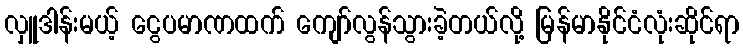
လှူဒါန်းမယ့် ငွေပမာဏထက် ကျော်လွန်သွားခဲ့တယ်လို့ မြန်မာနိုင်ငံလုံးဆိုင်ရာ